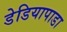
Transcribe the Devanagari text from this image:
डेडियापाडा